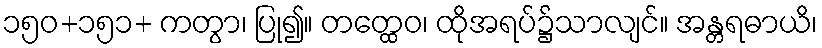
၁၅၀+၁၅၁+ ကတွာ၊ ပြု၍။ တတ္ထေဝ၊ ထိုအရပ်၌သာလျင်။ အန္တရဓာယိ၊